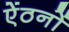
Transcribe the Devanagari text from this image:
ऐंठनों